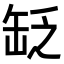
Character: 䍇